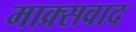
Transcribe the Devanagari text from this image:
माक्र्सवाद